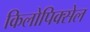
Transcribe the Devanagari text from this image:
किलोपिक्सेल